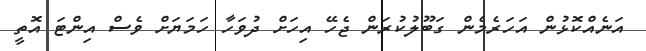
އަނެއްކޮޅުން އަހަރެމެން ގަބޫލުކުރަން ޖެހޭ އިހަށް ދުވަހާ ހަމަޔަށް ވެސް އިންޓަ އޮތީ